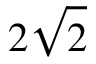
2 \sqrt { 2 }